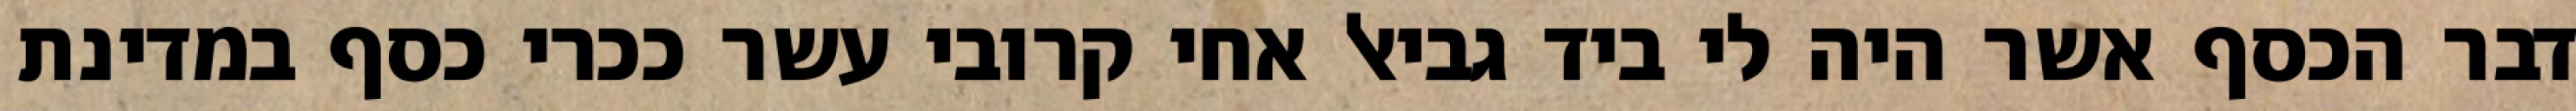
דבר הכסף אשר היה לי ביד גביאל אחי קרובי עשר ככרי כסף במדינת